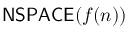
{ \mathsf { N S P A C E } } ( f ( n ) )